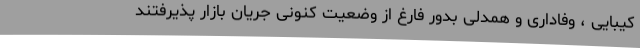
کیبایی ، وفاداری و همدلی بدور فارغ از وضعیت کنونی جریان بازار پذیرفتند